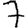
Digit: 7